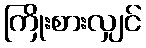
ကြိုးစားလျှင်